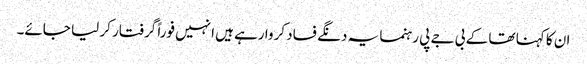
ان کا کہنا تھا کے بی جے پی رہنما یہ دنگے فساد کروا رہے ہیں انہیں فوراً گرفتار کر لیا جائے۔